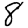
Digit: 8